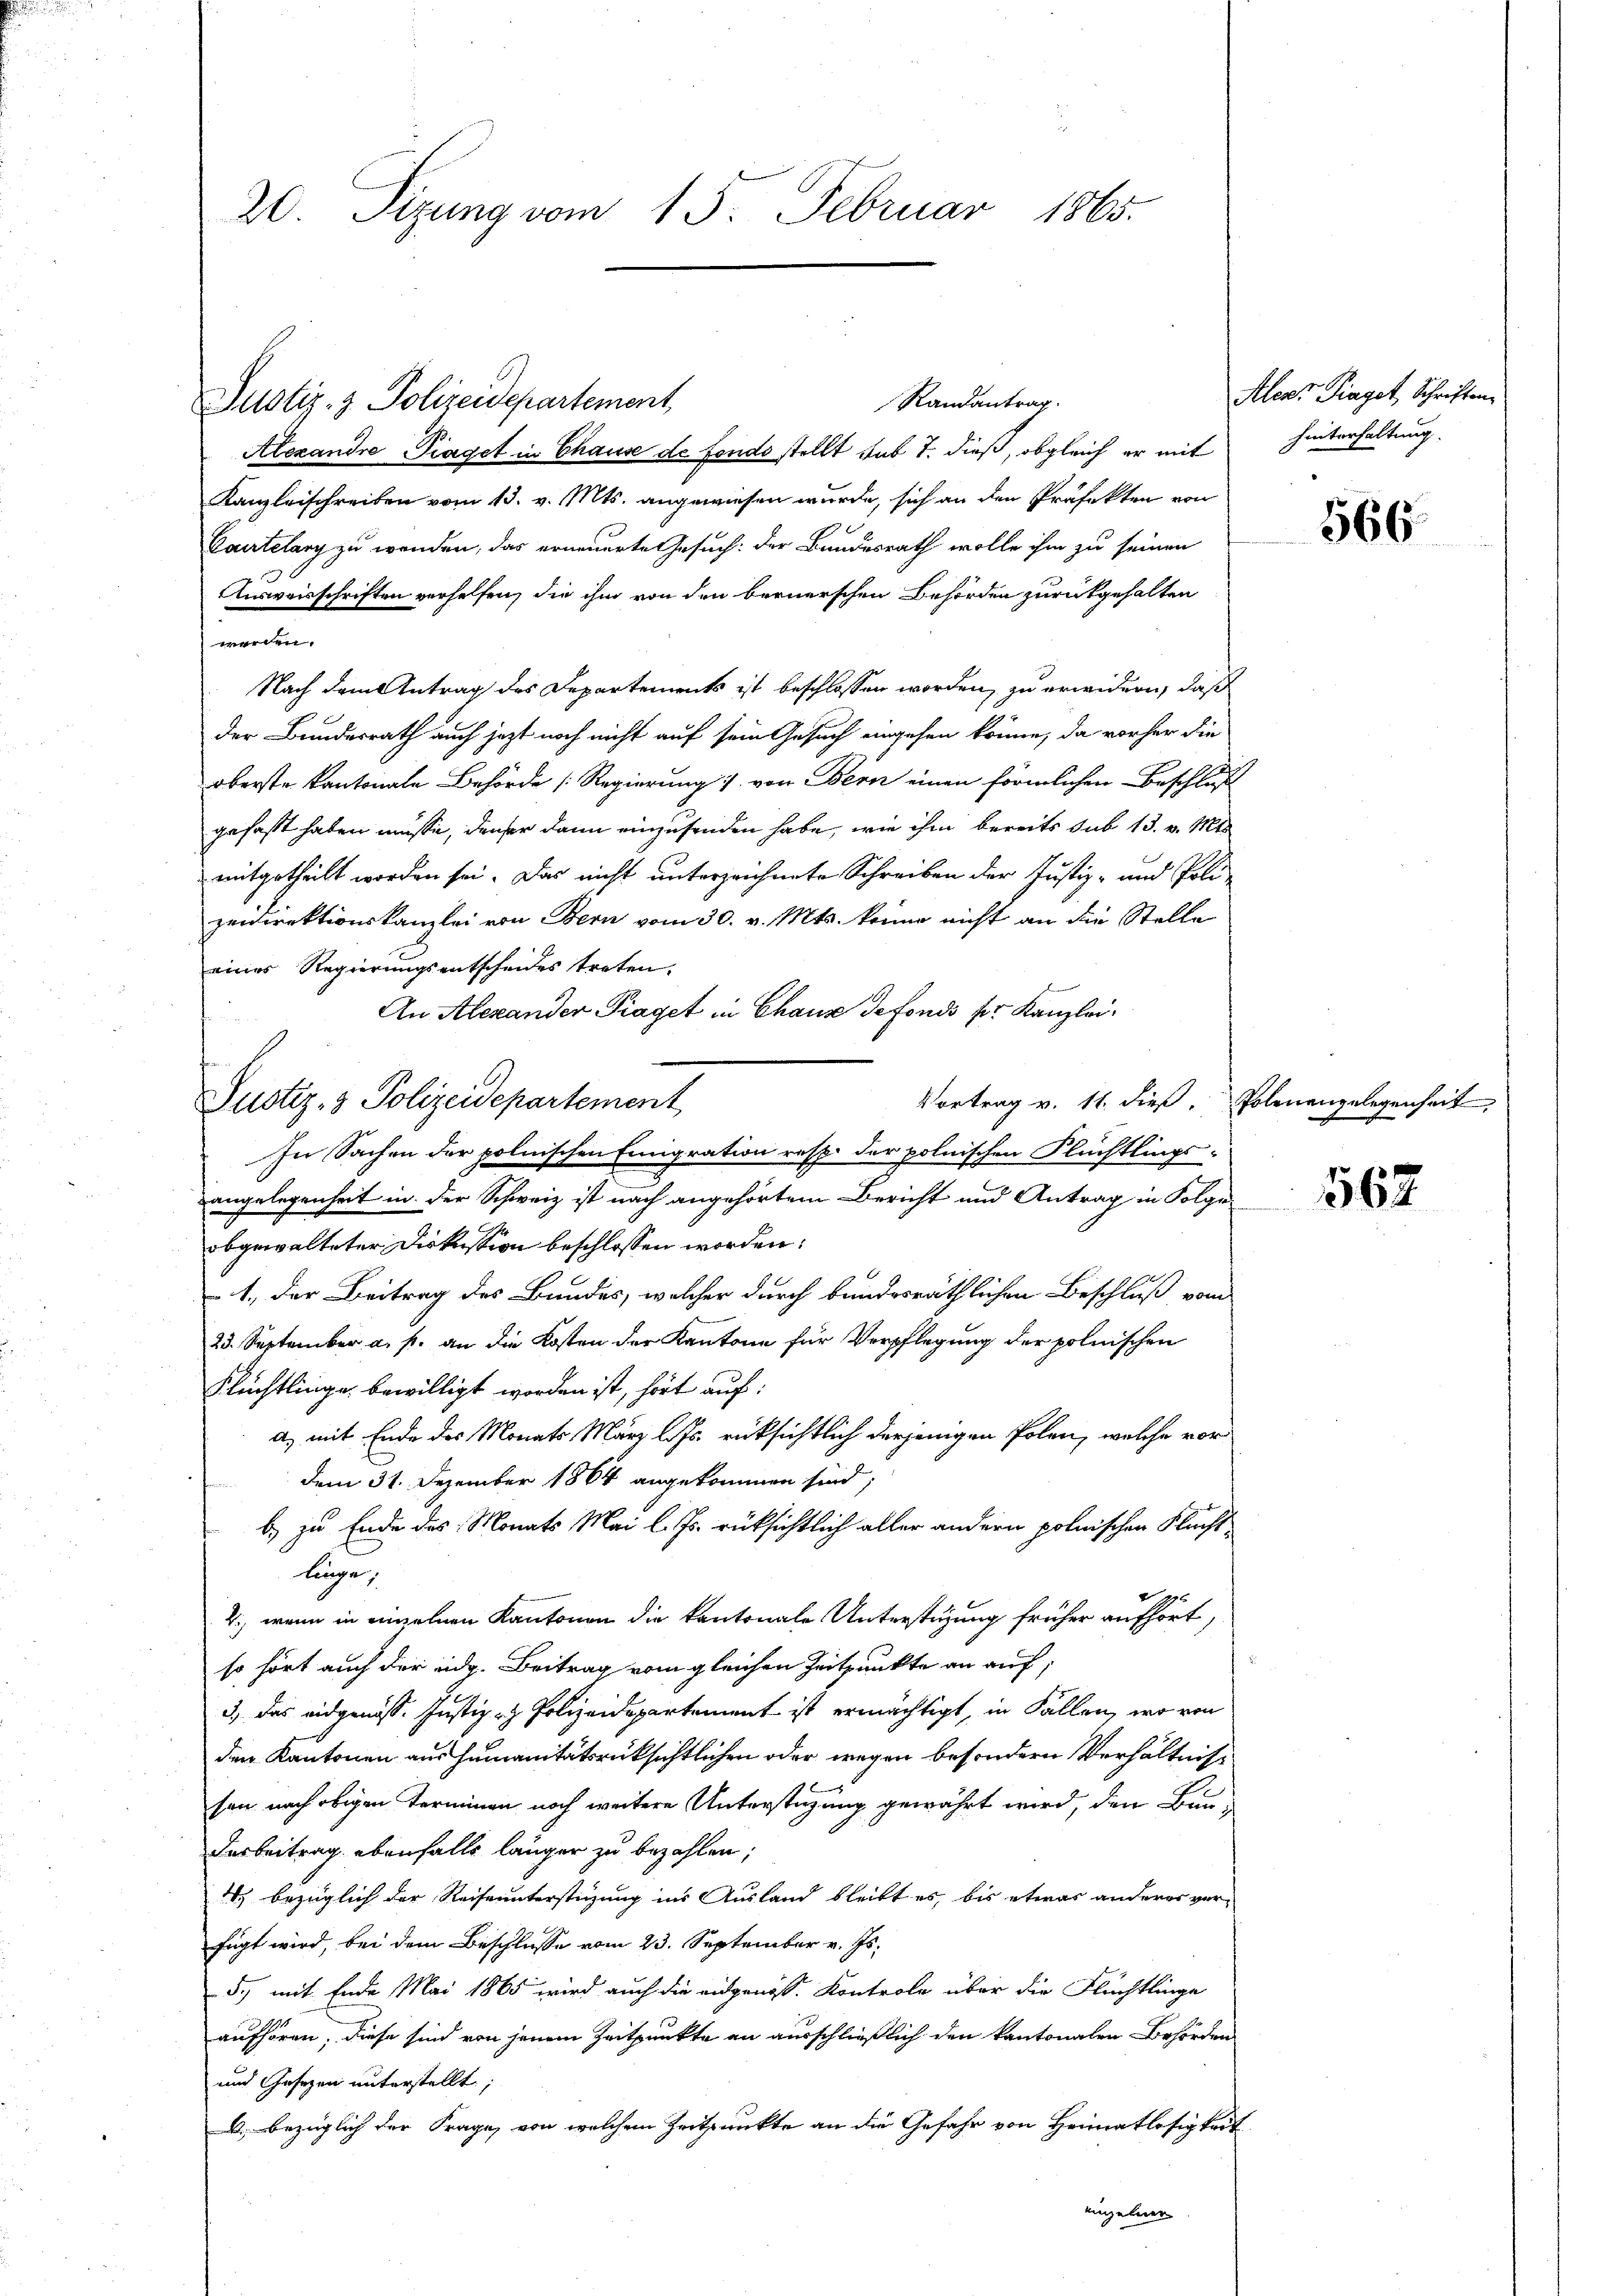
20. Sizung vom 13. Februar 1865.

Randantrag.
Justiz- & Polizeidepartement,
Alexandre Piaget in Chause de fondo stellt sub 7. dieß, obgleich er mit
Kanzleischreiben vom 13. v. Mts. angewiesen wurde, sich an den Präfekten von
Cautelary zu wenden, das erneuerte Gesuch: der Bundesrath wolle ihm zu seinen
Ausweisschriften verhelfen, die ihm von den bernerschen Behörden zurückgehalten
werden.
Nach dem Antrag des Departements ist beschlossen worden, zu erwidern, daß
der Bundesrath auch jezt noch nicht auf sein Gesuch angehen könne, da vorher die
oberste Kantonale Behörde [Regierung 7. von Bern einen förmlichen Beschluß
gefaßt haben müsse, denser dann einzusenden habe, wie ihm bereits sub 13. v. Mts.
mitgetheilt worden sei. Das nicht unterzeichnete Schreiben der Justiz- und Polizeidirektionskanzlei von Bern vom 30. v. Mts. keine nicht an die Stelle
S
eines Regierungsentscheides treten.
An Alexander Piaget in Chaus defonds pr. Kanzlei¬
Vortrag v. 11. dieß, Polenangelegenheit
In Sachen der polnischen Emigration resp. der polnischen Flüchtlings-
angelegenheit in der Schweiz ist nach angehörtem Bericht und Antrag in Folge
obgewalteter Diskussion beschlossen worden:
1., der Beitrag des Bundes, welcher durch bundesräthlichen Beschluß vom
23. September a. p. an die Kosten der Kantone für Verpflegung der polnischen
Flüchtlinge bewilligt worden ist, hört auf:
a, mit Ende des Monats März l. Js. rücksichtlich derjenigen Polen, welche vor
dem 31. Dezember 1864 angekommen sind;
b.) zu Ende des Monats Mai l. Js. rüksichtlich aller andern polnischen Flucht
linge,
4., wenn in einzelnen Kantonen die kantonale Unterstüzung früher aufhört,
so hört auch der eidg. Beitrag vom gleichen Zeitpunkte an auf,
3., das eidgenöss. Justiz- & Polizeidepartement ist ermächtigt, in Fallen, wo von
den Kantonen aus humanitätsrücksichtlichen oder wegen besondern Verhältnissen nach obigen Terminen noch weitere Unterstüzung gewährt wird, den Bun¬
Dasbeitrag ebenfalls länger zu bezahlen;
1) bezüglich der Reiseunterstüzung ins Ausland bleibt es, bis etwas anderes ver-
fügt wird, bei dem Beschlusse vom 23. September v. Js.
5.) mit Ende Mai 1865 wird auch die eidgenöss. Kontrole über die Flüchtlinge
aufhören, diese sind von jenem Zeitpunkte an ausschließlich den kantonalen Behörden
und Gesezen unterstellt;
A bezüglich der Frage, von welchem Zeitpunkte an die Gefahr von Heimatlosigkeit
einzelner

Justiz- & Polizeidepartement

Alesr Piaget, Schriften.
hinterhaltung.

566.

562